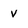
Character: V